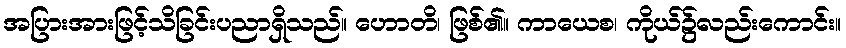
အပြားအားဖြင့်သိခြင်းပညာရှိသည်။ ဟောတိ၊ ဖြစ်၏။ ကာယေစ၊ ကိုယ်၌လည်းကောင်း။